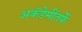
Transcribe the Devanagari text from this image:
अकॅडेमींतर्फे